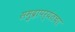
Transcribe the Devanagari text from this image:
समुद्रापर्यंतचा